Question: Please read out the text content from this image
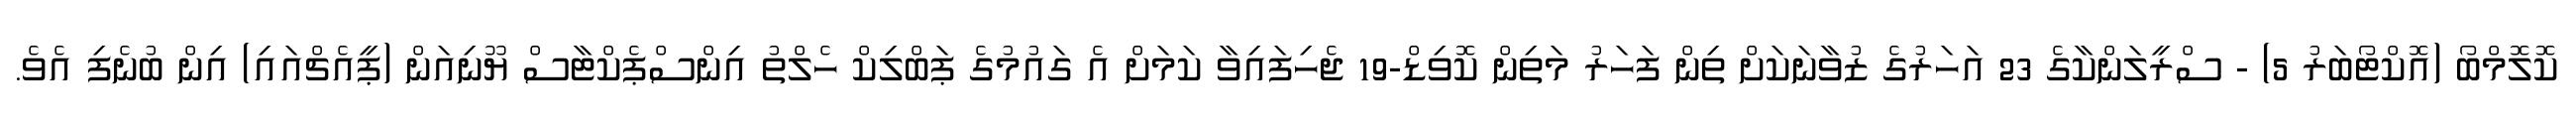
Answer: ކޮލޮމްބޯ (އޮކްޓޯބަރު 5) - ސްރީލަންކާގެ 23 އަހަރުގެ ޒުވާނަކަށް ތިން ފަހަރު މަތިން ކޮވިޑް-19 ޖެހިފައިވާ ކަމަށް އެ ގައުމުގެ ޕަބްލިކް ހެލްތު އިންސްޕެކްޓާސް ޔޫނިއަން (ޕީއެޗްއައި) އިން ބުނެފި އެވެ.